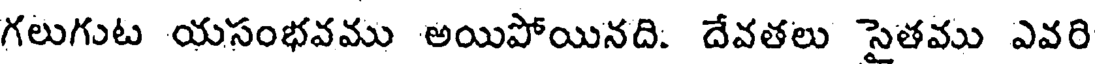
గలుగుట యసంభవము అయిపోయినది: దేవతలు సైతము ఎవరి